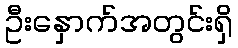
ဦးနှောက်အတွင်းရှိ